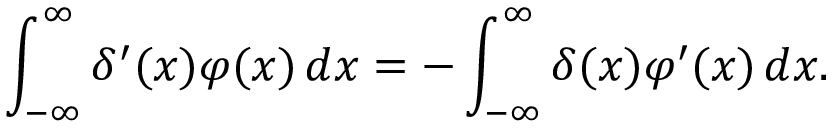
\int _ { - \infty } ^ { \infty } \delta ^ { \prime } ( x ) \varphi ( x ) \, d x = - \int _ { - \infty } ^ { \infty } \delta ( x ) \varphi ^ { \prime } ( x ) \, d x .